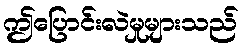
ဤပြောင်းလဲမှုများသည်